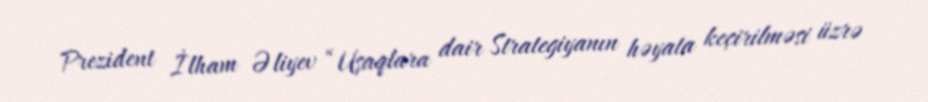
Prezident İlham Əliyev “Uşaqlara dair Strategiyanın həyata keçirilməsi üzrə